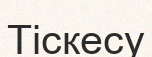
Тіскесу